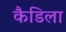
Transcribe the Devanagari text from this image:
कैडिला